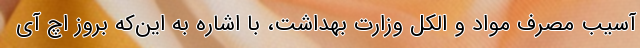
آسیب مصرف مواد و الکل وزارت بهداشت، با اشاره به این‌‌که بروز اچ آی